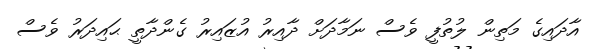
އާދައިގެ މަތިން ލުތުފީ ވެސް ނަމާދަށް ދާއިރު އުޒައިރު ގެންދާތީ ޙައިދަރު ވެސް